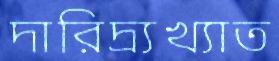
দারিদ্র্যখ্যাত